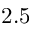
2 . 5